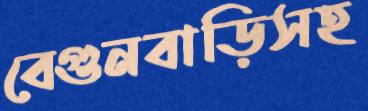
বেগুনবাড়িসহ